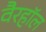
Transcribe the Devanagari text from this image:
वैरहॉल